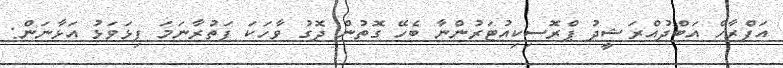
އަފްރާހް އަބްދުއްރަޝީދު ޕްރޮސިކިއުޓަރުންނާ ބެހޭ ގޮތުން ދޮގު ވާހަކަ ފަތުރާނަމަ ފިޅަވަޅު އަޅާނަން: